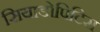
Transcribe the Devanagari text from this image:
सियाडोपिटिस